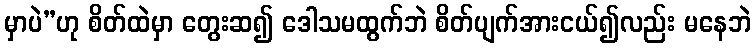
မှာပဲ”ဟု စိတ်ထဲမှာ တွေးဆ၍ ဒေါသမထွက်ဘဲ စိတ်ပျက်အားငယ်၍လည်း မနေဘဲ